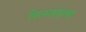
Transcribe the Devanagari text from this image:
फिनलंडाचा